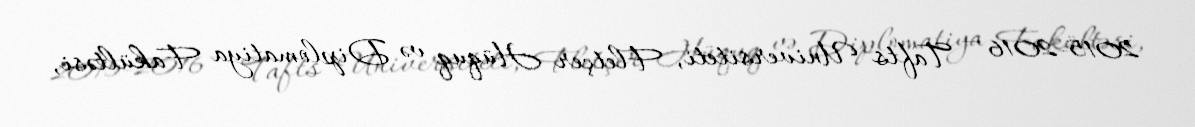
2015-2016 — Tafts Universiteti, Fletçer Hüquq və Diplomatiya Fakültəsi,